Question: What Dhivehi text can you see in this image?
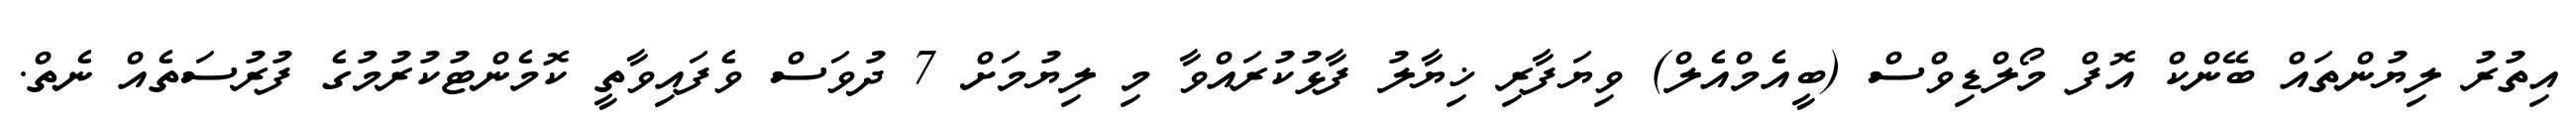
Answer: އިތުރު ލިޔުންތައް ބޭންކް އޮފް މޯލްޑިވްސް (ބީއެމްއެލް) ވިޔަފާރި ޚިޔާލު ފާޅުކުރައްވާ މި ލިޔުމަށް 7 ދުވަސް ވެފައިވާތީ ކޮމެންޓުކުރުމުގެ ފުރުސަތެއް ނެތް.